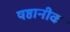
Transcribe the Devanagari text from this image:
षष्ठानीक